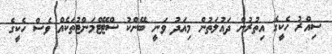
ސިއްރު ހެކީގެ އިތުރުން ދައުލަތުން މިއަދު ވަނީ ބޭންކު ސްޓޭޓްމަންޓުތަކެއް ވެސް ހެކީގެ